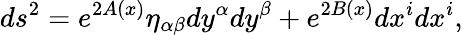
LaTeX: ds^{2}=e^{2A(x)}\eta_{\alpha\beta}dy^{\alpha}dy^{\beta}+e^{2B(x)}dx^{i}dx^{i},